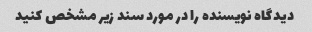
دیدگاه نویسنده را در مورد سند زیر مشخص کنید